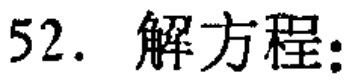
52. 解方程: